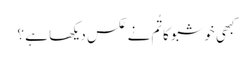
کبھی خوشبو کا تُم نے عکس دیکھا ہے ؟